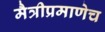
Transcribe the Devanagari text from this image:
मैत्रीप्रमाणेच